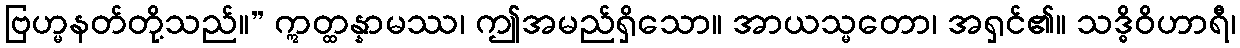
ဗြဟ္မနတ်တို့သည်။” ဣတ္ထန္နာမဿ၊ ဤအမည်ရှိသော။ အာယသ္မတော၊ အရှင်၏။ သဒ္ဓိဝိဟာရီ၊